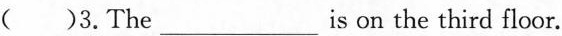
( )3.The___is on the third floor.